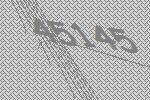
45145